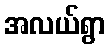
အလယ်ရွာ